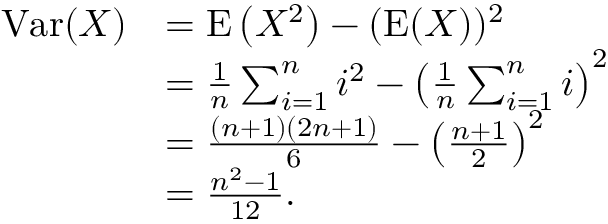
{ \begin{array} { r l } { \operatorname { V a r } ( X ) } & { = \operatorname { E } \left( X ^ { 2 } \right) - ( \operatorname { E } ( X ) ) ^ { 2 } } \\ & { = { \frac { 1 } { n } } \sum _ { i = 1 } ^ { n } i ^ { 2 } - \left( { \frac { 1 } { n } } \sum _ { i = 1 } ^ { n } i \right) ^ { 2 } } \\ & { = { \frac { ( n + 1 ) ( 2 n + 1 ) } { 6 } } - \left( { \frac { n + 1 } { 2 } } \right) ^ { 2 } } \\ & { = { \frac { n ^ { 2 } - 1 } { 1 2 } } . } \end{array} }